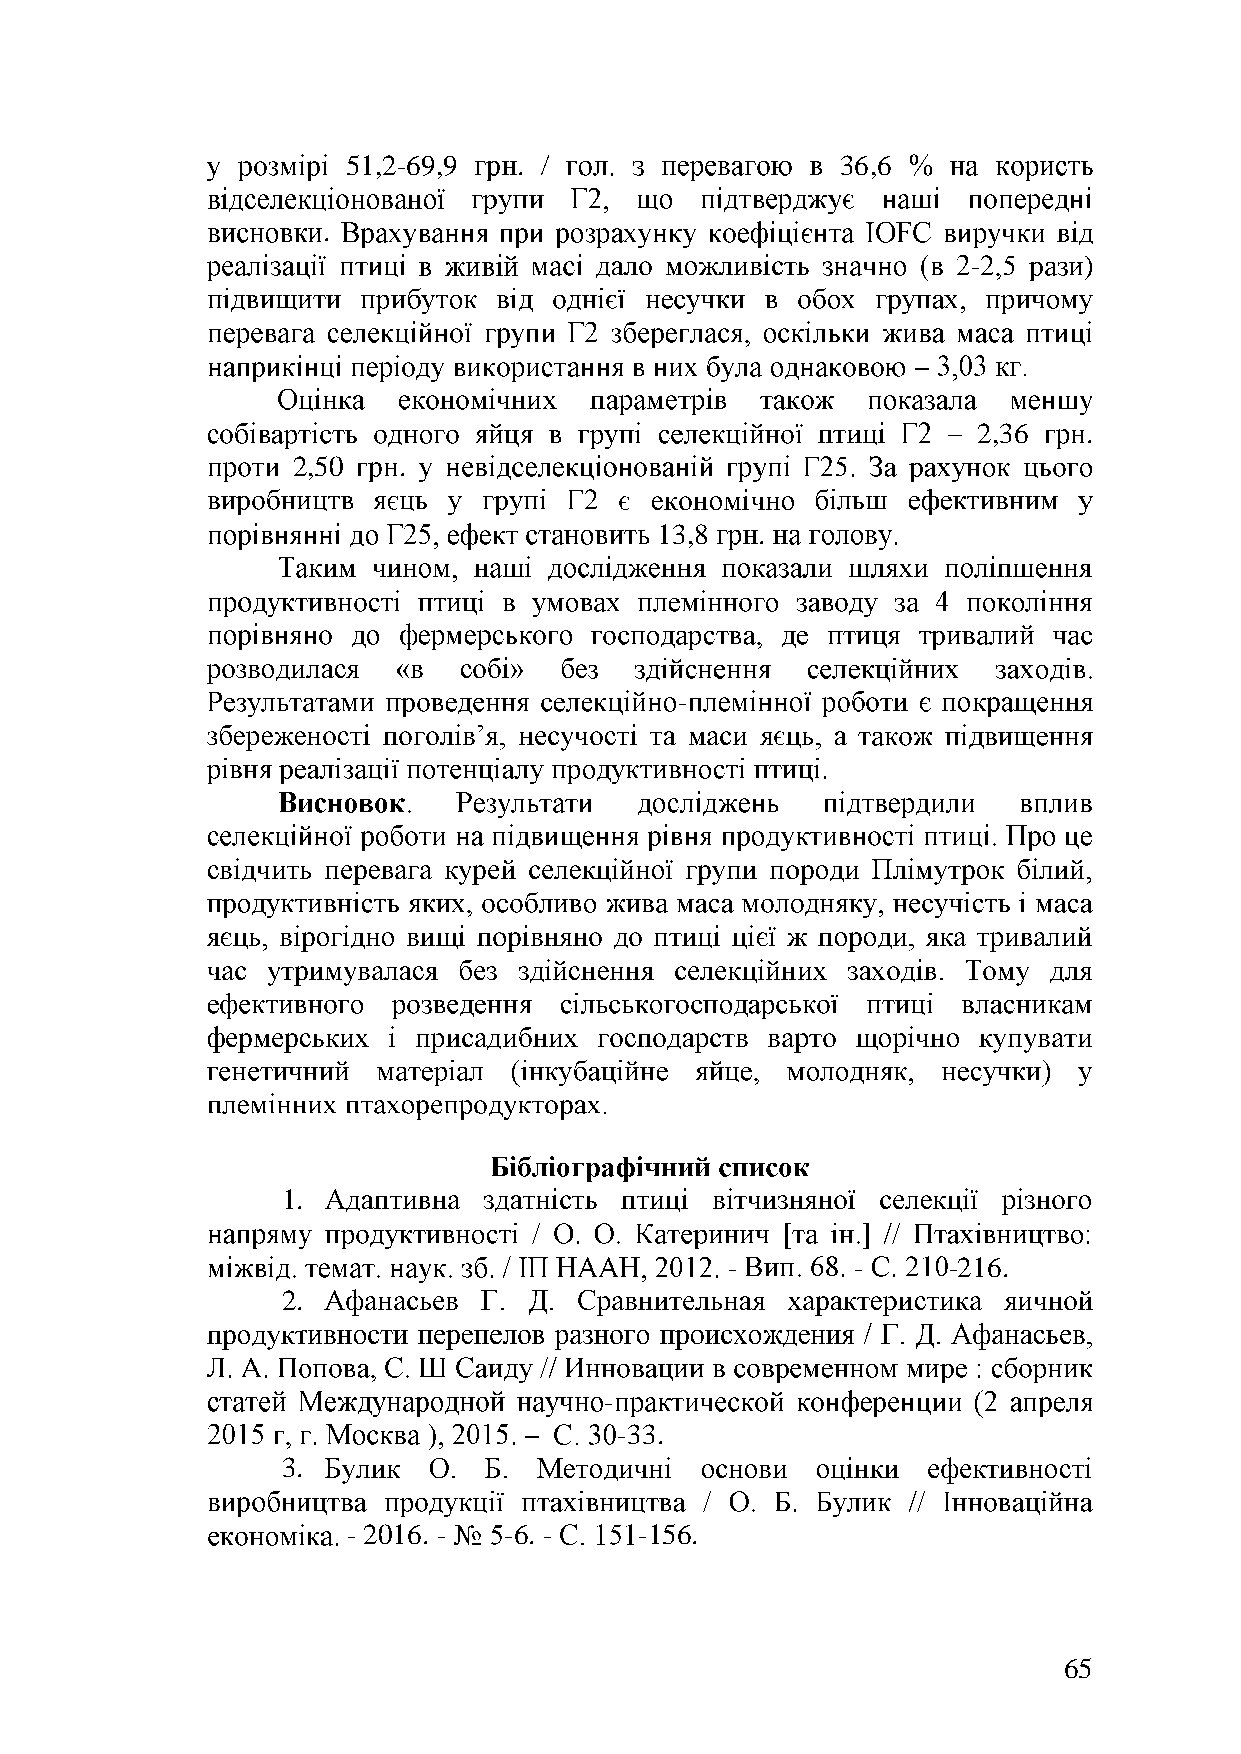
51,2-69,9  . /                   36,6
 .
 -       )
 2,36   .
 2,50   .
 13,8   .
 -
 1.
 -       -      -216.
 2.
 -
 -33.
 3.
 - 2016. - -6. -    -156.
 65